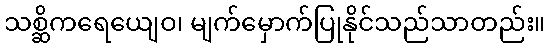
သစ္ဆိကရေယျေဝ၊ မျက်မှောက်ပြုနိုင်သည်သာတည်း။